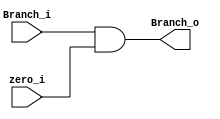
module Flush_And (
    Branch_i,
    zero_i,
    Branch_o
);

input   wire    Branch_i;
input   wire    zero_i;
output  wire    Branch_o;

assign  Branch_o = (Branch_i & zero_i);
    
endmodule